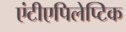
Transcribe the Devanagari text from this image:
एंटीएपिलेप्टिक